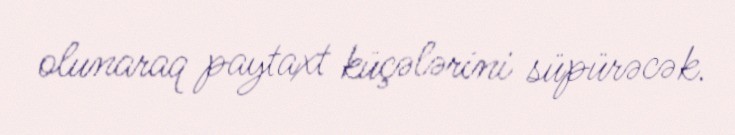
olunaraq paytaxt küçələrini süpürəcək.